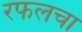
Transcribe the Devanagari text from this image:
रफलचा